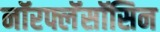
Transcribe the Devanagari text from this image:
नॉरफ्लॅसॉसिन